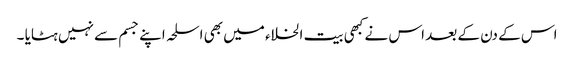
اس کے دن کے بعد اس نے کبھی بیت الخلاء میں بھی اسلحہ اپنے جسم سے نہیں ہٹایا ۔